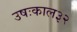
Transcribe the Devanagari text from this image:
उषःकाल३२